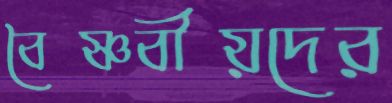
বৈষ্ণবীয়দের